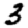
Digit: 3